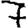
Digit: 7